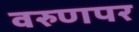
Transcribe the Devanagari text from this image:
वरुणपर